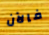
فالآن